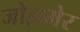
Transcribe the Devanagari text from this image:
जोझमेर